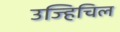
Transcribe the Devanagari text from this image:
उज्हिचिल